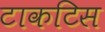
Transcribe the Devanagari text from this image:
टाकटिस